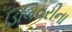
ડિલિવરીના